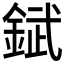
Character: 錻